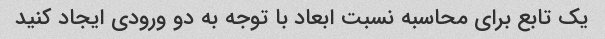
یک تابع برای محاسبه نسبت ابعاد با توجه به دو ورودی ایجاد کنید